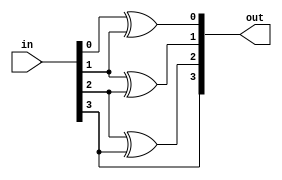
module binary_to_gray (in,out);
	input [3:0] in;
	output [3:0] out;
	assign out[0]=in[0]^in[1];
	assign out[1]=in[1]^in[2];
	assign out[2]=in[2]^in[3];
	assign out[3]=in[3];
endmodule //bcd_to_excess3

module binary_to_gray_tb;

reg [3:0] binary_code;
wire [3:0] gray_code;

binary_to_gray btg (.in(binary_code),.out(gray_code));

initial begin
	$monitor ("binary code=%b, gray code=%b",binary_code,gray_code);
	binary_code=4'b0;
#5  binary_code=4'b1;
#5  binary_code=4'b10;
#5  binary_code=4'b11;
#5  binary_code=4'b100;
#5  binary_code=4'b101;
#5  binary_code=4'b110;
#5  binary_code=4'b111;
#5  binary_code=4'b1000;
#5  binary_code=4'b1001;
#5  binary_code=4'b1010;
#5  binary_code=4'b1011;
#5  binary_code=4'b1100;
#5  binary_code=4'b1101;
#5  binary_code=4'b1110;
#5  binary_code=4'b1111;
	$finish;
end

endmodule //binary_to_gray_tb

/*Output:
binary code=0000, gray code=0000
binary code=0001, gray code=0001
binary code=0010, gray code=0011
binary code=0011, gray code=0010
binary code=0100, gray code=0110
binary code=0101, gray code=0111
binary code=0110, gray code=0101
binary code=0111, gray code=0100
binary code=1000, gray code=1100
binary code=1001, gray code=1101
binary code=1010, gray code=1111
binary code=1011, gray code=1110
binary code=1100, gray code=1010
binary code=1101, gray code=1011
binary code=1110, gray code=1001
binary code=1111, gray code=1000

*/